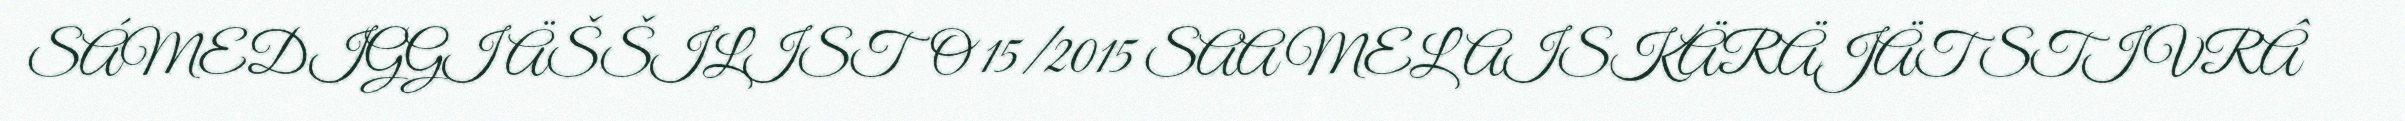
SÁMEDIGGI ÄŠŠILISTO 15/2015 SAAMELAISKÄRÄJÄT STIVRÂ